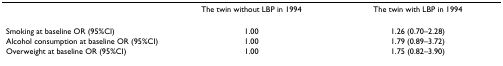
|  | The twin without LBP in 1994 | The twin with LBP in 1994 |
 | --- | --- | --- |
 | Smoking at baseline OR (95%CI) | 1.00 | 1.26 (0.70–2.28) |
 | Alcohol consumption at baseline OR (95%CI) | 1.00 | 1.79 (0.89–3.72) |
 | Overweight at baseline OR (95%CI) | 1.00 | 1.75 (0.82–3.90) |